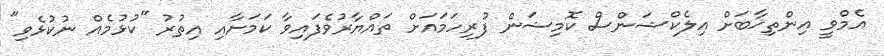
އެމްވީ އިންތިޚާބަށް އިލެކްޝަންސް ކޮމިޝަން ފުރިހަމައަށް ތައްޔާރުވެފައިވާ ކަމަށާއި އިތުރު "ކުޅުމެއް ނުކުޅެވި"